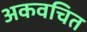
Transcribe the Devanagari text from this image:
अकवचित